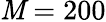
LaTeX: \mathit{M}=200